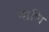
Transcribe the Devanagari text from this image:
वाणि